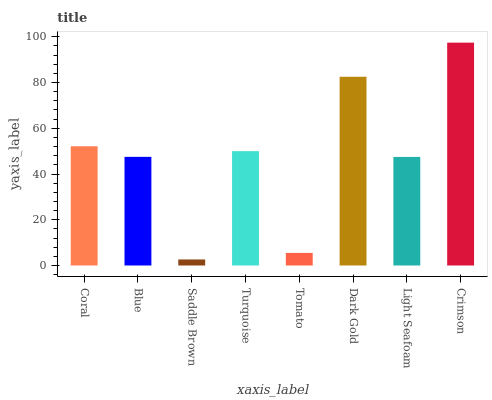
| xaxis_label | bars |
 | --- | --- |
 | Coral | 52.1 |
 | Blue | 47.5 |
 | Saddle Brown | 2.64 |
 | Turquoise | 50 |
 | Tomato | 5.5 |
 | Dark Gold | 82.5 |
 | Light Seafoam | 47.5 |
 | Crimson | 97.4 |